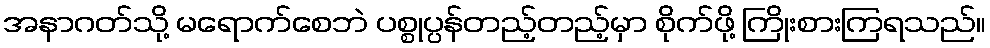
အနာဂတ်သို့ မရောက်စေဘဲ ပစ္စုပ္ပန်တည့်တည့်မှာ စိုက်ဖို့ ကြိုးစားကြရသည်။